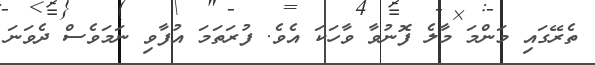
ތެރޭގައި މަންމަ މާލެ ފޮނުވާ ވާހަކަ އެވެ. ފުރަތަމަ އުފާވި ނަމަވެސް ދެވަނަ